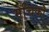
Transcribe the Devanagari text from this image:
मचिको